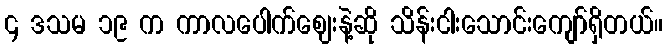
၄ ဒသမ ၁၉ က ကာလပေါက်ဈေးနဲ့ဆို သိန်းငါးသောင်းကျော်ရှိတယ်။